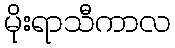
မိုးရာသီကာလ